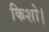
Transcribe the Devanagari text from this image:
किशो।